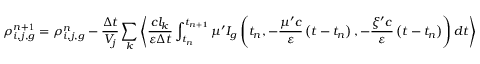
\rho _ { i , j , g } ^ { n \mathrm { + 1 } } = \rho _ { i , j , g } ^ { n } - \frac { \Delta t } { V _ { j } } \sum _ { k } \left\langle \frac { c l _ { k } } { \varepsilon \Delta t } \int _ { t _ { n } } ^ { t _ { n + 1 } } \mu ^ { \prime } I _ { g } \left( t _ { n } , - \frac { \mu ^ { \prime } c } { \varepsilon } \left( t - t _ { n } \right) , - \frac { \xi ^ { \prime } c } { \varepsilon } \left( t - t _ { n } \right) \right) d t \right\rangle